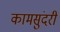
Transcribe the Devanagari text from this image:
कामसुंदरी